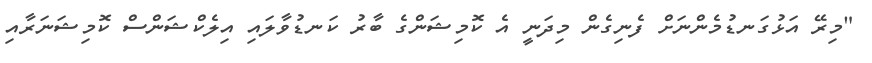
"މިރޭ އަޅުގަނޑުމެންނަށް ފެނިގެން މިދަނީ އެ ކޮމިޝަންގެ ބާރު ކަނޑުވާލައި އިލެކްޝަންސް ކޮމިޝަނަރާއި